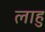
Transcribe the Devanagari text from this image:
लाहु